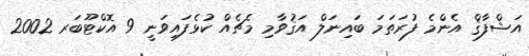
އަޝްފާޤް އެންމެ ފުރަތަމަ ބައިނަލް އަޤުވާމި މެޗެއް ކުޅެފައިވަނީ 9 އޮކްޓޫބަރ 2002